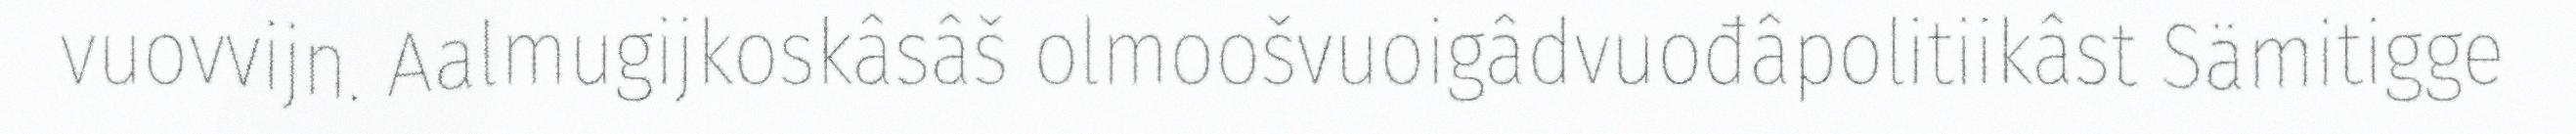
vuovvijn. Aalmugijkoskâsâš olmoošvuoigâdvuođâpolitiikâst Sämitigge